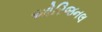
ઓરિજનલ